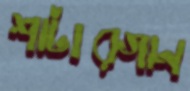
শাটারগান